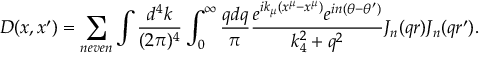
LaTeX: D ( x , x ^ { \prime } ) = \sum _ { n e v e n } \int { \frac { d ^ { 4 } k } { ( 2 \pi ) ^ { 4 } } } \int _ { 0 } ^ { \infty } { \frac { q d q } { \pi } } { \frac { e ^ { i k _ { \mu } ( x ^ { \mu } - x ^ { \mu } ) } e ^ { i n ( \theta - \theta ^ { \prime } ) } } { k _ { 4 } ^ { 2 } + q ^ { 2 } } } J _ { n } ( q r ) J _ { n } ( q r ^ { \prime } ) .